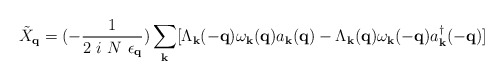
\begin{align*}{\tilde{X}}_{ {\bf{q}} } = (-\frac{1}{2\mbox{ }i\mbox{ }N\mbox{ }\epsilon_{ {\bf{q}} }})\sum_{ {\bf{k}} }[\Lambda_{ {\bf{k}} }(-{\bf{q}}) \omega_{ {\bf{k}} }({\bf{q}})a_{ {\bf{k}} }({\bf{q}}) - \Lambda_{ {\bf{k}} }({\bf{q}})\omega_{ {\bf{k}} }(-{\bf{q}}) a^{\dagger}_{ {\bf{k}} }(-{\bf{q}})]\end{align*}